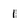
Character: 1